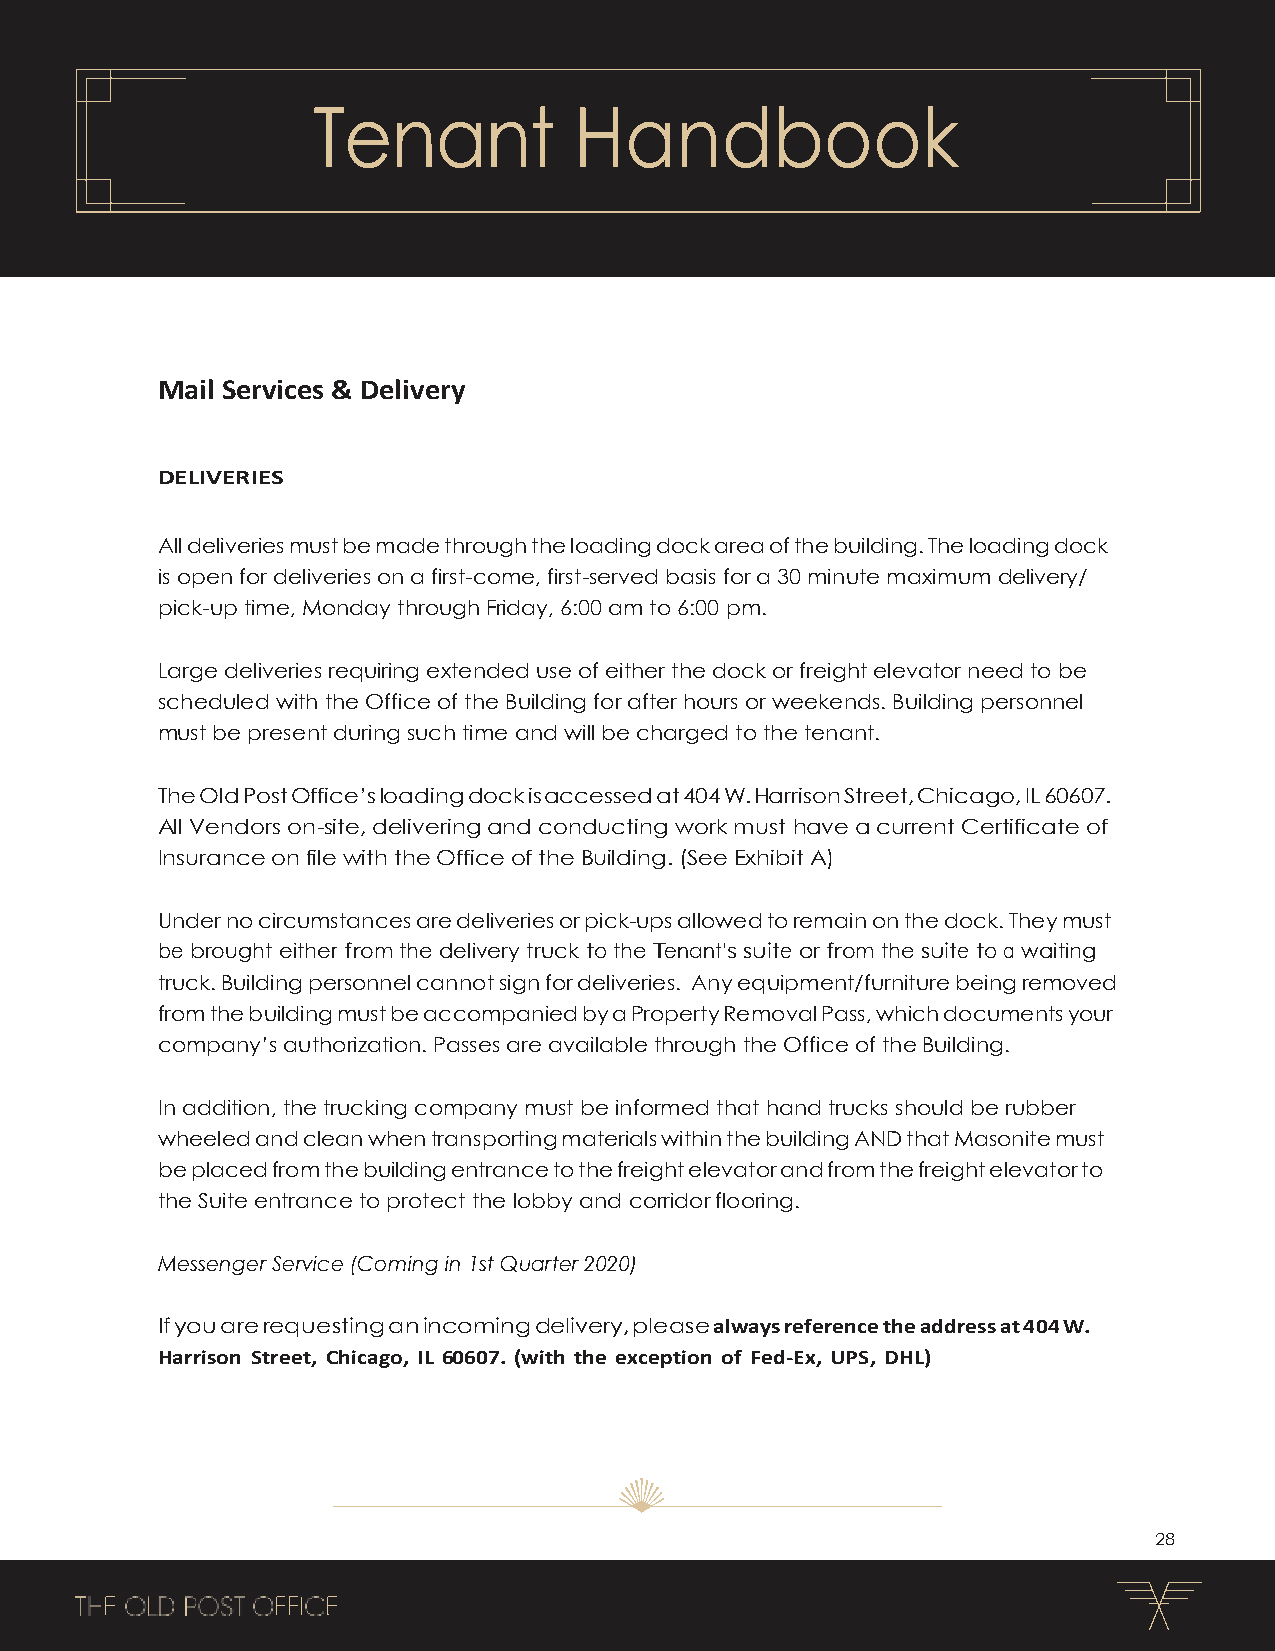
Tenant           Handbook
 Mail Services & Delivery
 DELIVERIES
 All deliveries must be made through the loading dock area of the building. The loading dock
 is open for deliveries on a first-come, first-served basis for a 30 minute maximum delivery/
 pick-up time, Monday through Friday, 6:00 am to 6:00 pm.
 Large deliveries requiring extended use of either the dock or freight elevator need to be
 scheduled with the Office of the Building for after hours or weekends. Building personnel
 must be present during such time and will be charged to the tenant.
 The Old Post Office’s loading dock is accessed at 404 W. Harrison Street, Chicago, IL 60607.
 All Vendors on-site, delivering and conducting work must have a current Certificate of
 Insurance on file with the Office of the Building. (See Exhibit A)
 Under no circumstances are deliveries or pick-ups allowed to remain on the dock. They must
 be brought either from the delivery truck to the Tenant’s suite or from the suite to a waiting
 truck. Building personnel cannot sign for deliveries. Any equipment/furniture being removed
 from the building must be accompanied by a Property Removal Pass, which documents your
 company’s authorization. Passes are available through the Office of the Building.
 In addition, the trucking company must be informed that hand trucks should be rubber
 wheeled and clean when transporting materials within the building AND that Masonite must
 be placed from the building entrance to the freight elevator and from the freight elevator to
 the Suite entrance to protect the lobby and corridor flooring.
 Messenger Service (Coming in 1st Quarter 2020)
 If you are requesting an incoming delivery, please always reference the address at 404 W.
 Harrison Street, Chicago, IL 60607. (with the exception of Fed-Ex, UPS, DHL)
 28